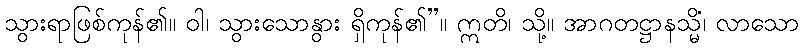
သွားရာဖြစ်ကုန်၏။ ဝါ၊ သွားသောနွား ရှိကုန်၏”။ ဣတိ၊ သို့။ အာဂတဋ္ဌာနသ္မိံ၊ လာသော